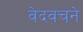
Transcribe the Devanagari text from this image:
वेदवचने